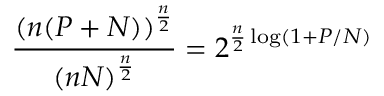
{ \frac { ( n ( P + N ) ) ^ { \frac { n } { 2 } } } { ( n N ) ^ { \frac { n } { 2 } } } } = 2 ^ { { \frac { n } { 2 } } \log ( 1 + P / N ) } \,